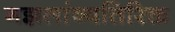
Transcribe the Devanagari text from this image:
गझलांव्यतिरिक्त